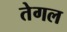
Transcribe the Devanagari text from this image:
तेगल